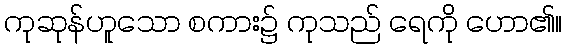
ကုဆုန်ဟူသော စကား၌ ကုသည် ရေကို ဟော၏။